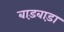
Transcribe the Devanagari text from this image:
बाड़बाड़ा